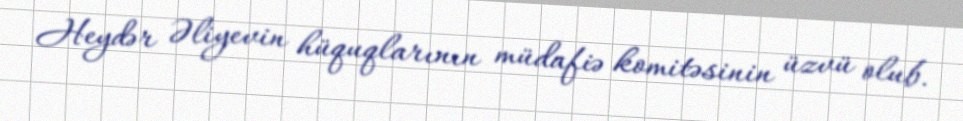
Heydər Əliyevin hüquqlarının müdafiə komitəsinin üzvü olub.